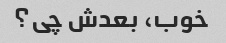
خوب، بعدش چی؟